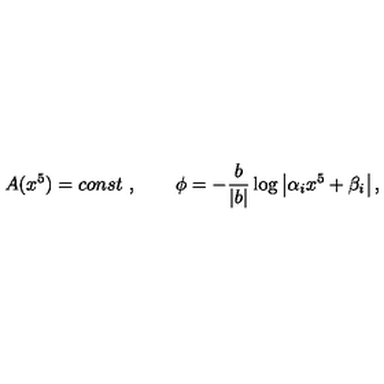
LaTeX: A ( x ^ { 5 } ) = c o n s t \ , \qquad \phi = - \frac { b } { | b | } \log \left| \alpha _ { i } x ^ { 5 } + \beta _ { i } \right| ,